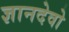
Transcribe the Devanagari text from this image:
ज्ञानदेवो